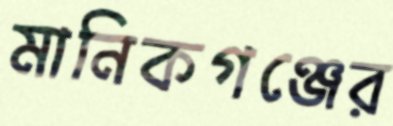
মানিকগঞ্জের